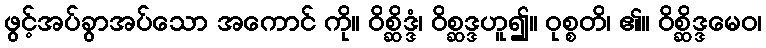
ဖွင့်အပ်ခွာအပ်သော အကောင် ကို။ ဝိစ္ဆိဒ္ဒံ၊ ဝိစ္ဆဒ္ဒဟူ၍။ ဝုစ္စတိ၊ ၏။ ဝိစ္ဆိဒ္ဒမေဝ၊